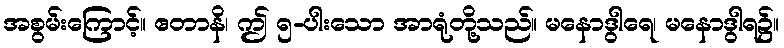
အစွမ်းကြောင့်။ ဧတာနိ၊ ဤ ၅-ပါးသော အာရုံတို့သည်။ မနောဒွါရေ၊ မနောဒွါရ၌။